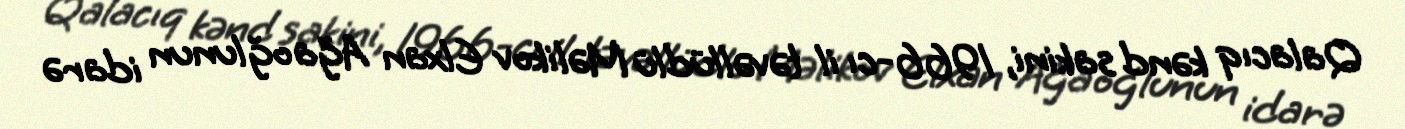
Qalacıq kənd sakini, 1966-cı il təvəllüdlü Məlikov Elxan Ağa oğlunun idarə